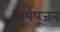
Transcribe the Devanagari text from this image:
सूर्यपूजन